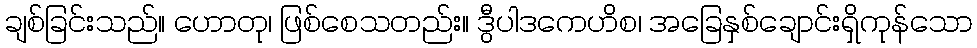
ချစ်ခြင်းသည်။ ဟောတု၊ ဖြစ်စေသတည်း။ ဒွီပါဒကေဟိစ၊ အခြေနှစ်ချောင်းရှိကုန်သော